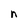
Character: n